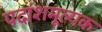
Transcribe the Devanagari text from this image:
पदांशमूल्यक